Civil Veterinary Dept. Bombay admin report 1914-1922 - 1914-1922
Year: 1914
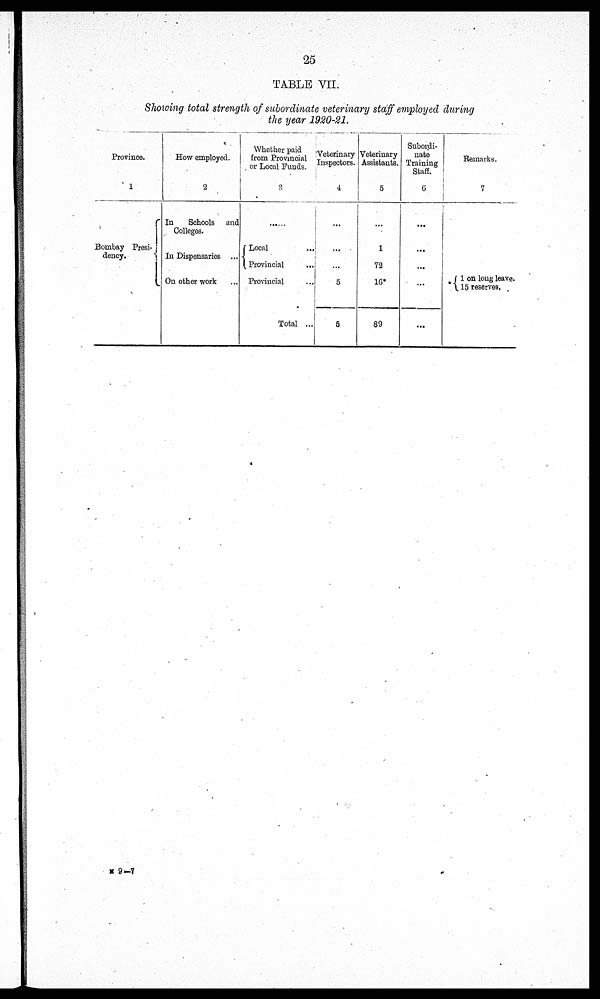
25
TABLE VII.
Showing total strength of subordinate veterinary staff employed during
the year 1920-21.
Province.
1
Bombay Presi-
dency.
How employed.
2
In
Schools and
Colleges.
In Dispensaries ...
On other work
Whether paid
from Provincial
or Local Funds.
3
...
Local ...
Provincial ...
Provincial
Total ...
Veterinary
Inspectors.
4
...
...
...
5
5
Veterinary
Assistants.
5
...
1
72
16*
89
Subordi-
nate
Training
Staff.
6
...
...
...
...
...
Remarks.
7
1
on long leave.
15 reserves.
N 9—7